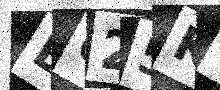
Text: E625KT